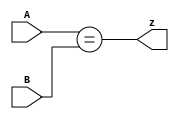
module mt2015_eq2(
  input [1:0] A,
  input [1:0] B,
  output z
);

  assign z = A[1:0]==B[1:0];

endmodule